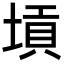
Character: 𡎴